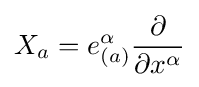
X_{a}=e_{(a)}^{\alpha }{\frac {\partial }{\partial x^{\alpha }}}